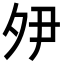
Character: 𭐵